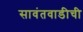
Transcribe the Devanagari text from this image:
सावंतवाडीची